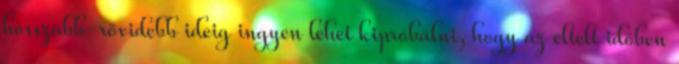
hosszabb-rövidebb ideig ingyen lehet kipróbálni, hogy az eltelt időben